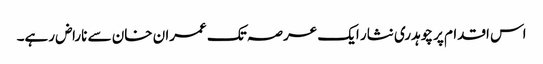
اس اقدام پر چوہدری نثار ایک عرصہ تک عمران خان سے ناراض رہے۔